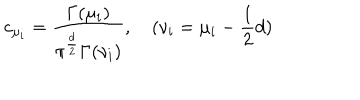
c _ { \mu _ { i } } = \frac { \Gamma ( \mu _ { i } ) } { \pi ^ { \frac { d } { 2 } } \Gamma ( \nu _ { i } ) } , \quad ( \nu _ { i } = \mu _ { i } - \frac { 1 } { 2 } d )